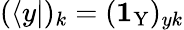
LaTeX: (\langle y|)_{k}=(\textbf{1}_{\mathrm{Y}})_{yk}